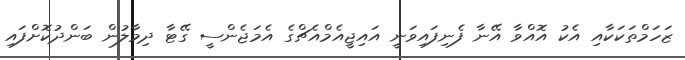
ޒަހަމްތަކަކާއި އެކު އޮއްވާ އޭނާ ފެނިފައިވަނީ އައިޖީއެމްއެޗްގެ އެމަޖެންސީ ގޭޓާ ދިމާލުން ބަންދުކޮށްފައި